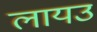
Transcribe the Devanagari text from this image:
लायउ